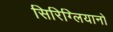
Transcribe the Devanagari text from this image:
सिरिग्लियानो